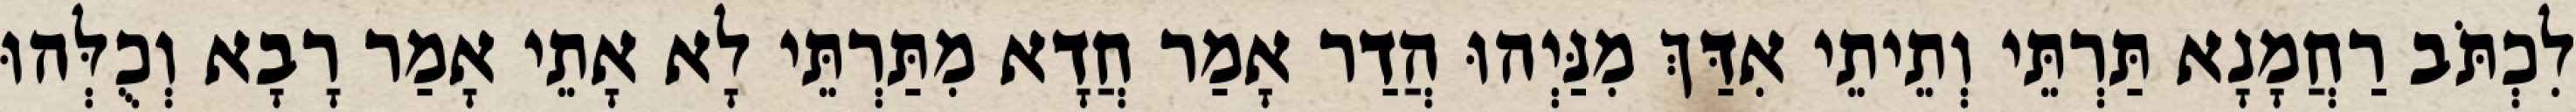
לִכְתֹּב רַחֲמָנָא תַּרְתֵּי וְתֵיתֵי אִדַּךְ מִנַּיְהוּ הֲדַר אָמַר חֲדָא מִתַּרְתֵּי לָא אָתֵי אָמַר רָבָא וְכֻלְּהוּ